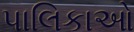
પાલિકાઓ